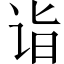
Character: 诣